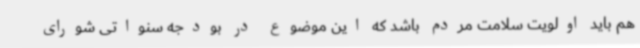
هم باید اولویت‌ سلامت مردم باشد که این موضوع در بودجه سنواتی شورای